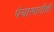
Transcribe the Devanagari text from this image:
पेयासाठीही